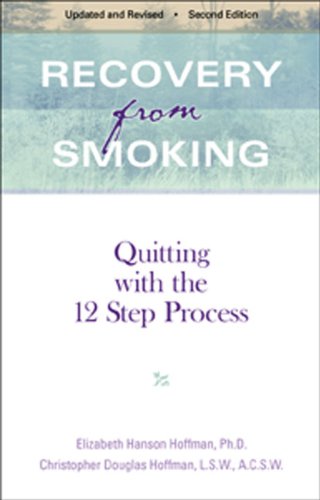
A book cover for Recovery From Smoking - Second Edition: Quitting With the 12 Step Process - Revised Second Edition; Elizabeth Hanson Hoffman; Health, Fitness & Dieting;